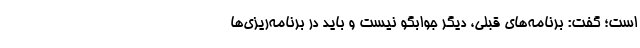
است؛ گفت: برنامه‌های قبلی، دیگر جوابگو نیست و باید در برنامه‌ریزی‌ها